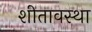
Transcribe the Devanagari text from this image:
शीतावस्था